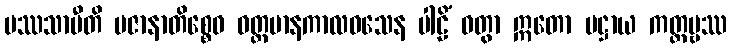
ပဿသာမီတိ ပဇာနာတိစ္စေဝ ဝတ္တမာနကာလဝသေန ပါဠိံ ဝတွာ ဣတော ပဋ္ဌာယ ကတ္တဗ္ဗဿ